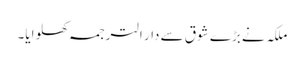
ملکہ نے بڑے شوق سے دار الترجمہ کھلوایا۔